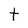
Character: t